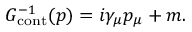
G _ { \mathrm { c o n t } } ^ { - 1 } ( p ) = i \gamma _ { \mu } p _ { \mu } + m .